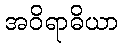
အဝိရာဓိယာ